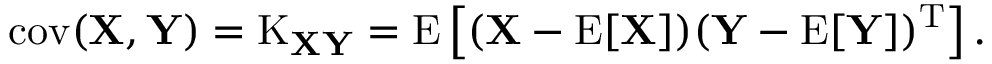
\operatorname { c o v } ( \mathbf { X } , \mathbf { Y } ) = \operatorname { K } _ { \mathbf { X } \mathbf { Y } } = \operatorname { E } \left[ ( \mathbf { X } - \operatorname { E } [ \mathbf { X } ] ) ( \mathbf { Y } - \operatorname { E } [ \mathbf { Y } ] ) ^ { \mathrm { { T } } } \right] .